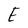
Character: E